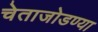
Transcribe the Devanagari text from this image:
चेताजोडण्या